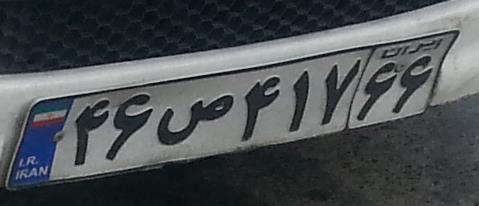
۴۶ص۴۱۷۶۶